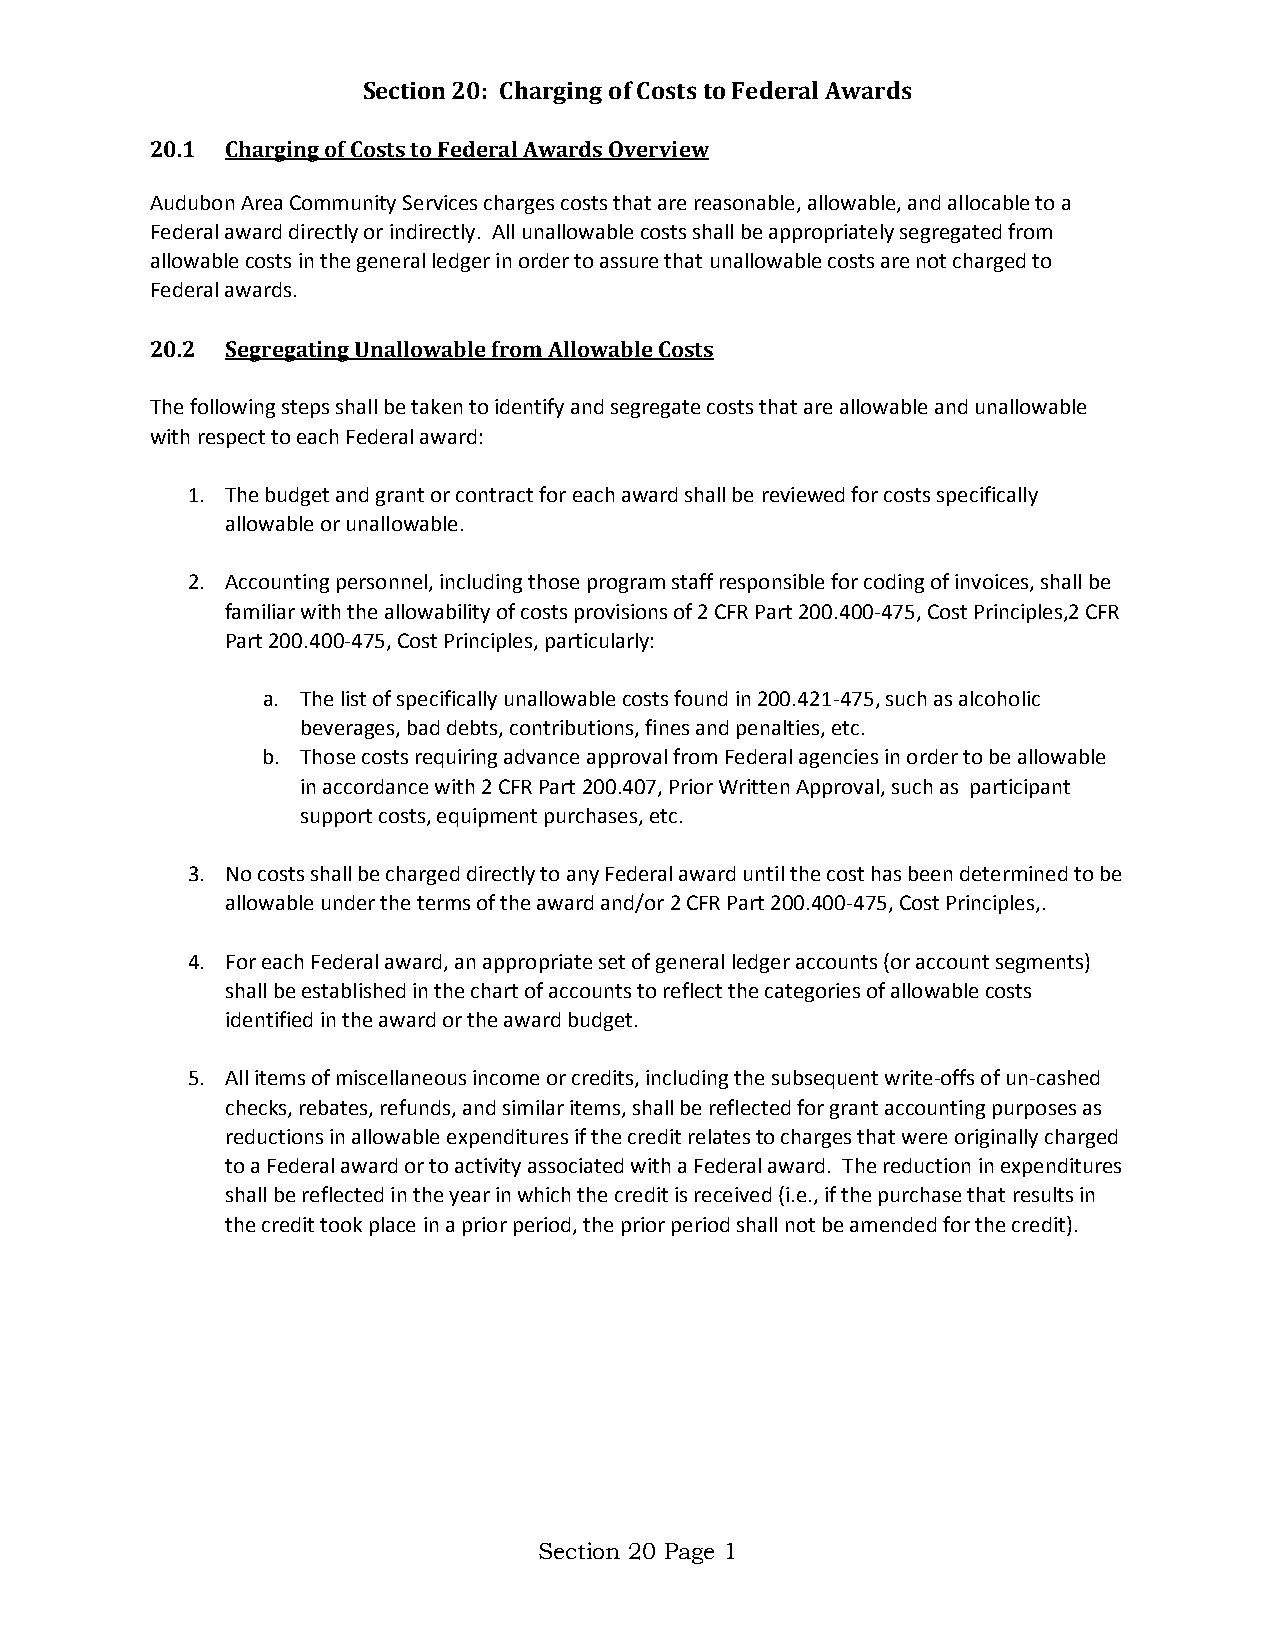
Section 20: Charging of Costs to Federal Awards
 20.1 Charging of Costs to Federal Awards Overview
 Audubon Area Community Services charges costs that are reasonable, allowable, and allocable to a
 Federal award directly or indirectly. All unallowable costs shall be appropriately segregated from
 allowable costs in the general ledger in order to assure that unallowable costs are not charged to
 Federal awards.
 20.2 Segregating Unallowable from Allowable Costs
 The following steps shall be taken to identify and segregate costs that are allowable and unallowable
 with respect to each Federal award:
 1. The budget and grant or contract for each award shall be reviewed for costs specifically
 allowable or unallowable.
 2. Accounting personnel, including those program staff responsible for coding of invoices, shall be
 familiar with the allowability of costs provisions of 2 CFR Part 200.400-475, Cost Principles,2 CFR
 Part 200.400-475, Cost Principles, particularly:
 a. The list of specifically unallowable costs found in 200.421-475, such as alcoholic
 beverages, bad debts, contributions, fines and penalties, etc.
 b. Those costs requiring advance approval from Federal agencies in order to be allowable
 in accordance with 2 CFR Part 200.407, Prior Written Approval, such as participant
 support costs, equipment purchases, etc.
 3. No costs shall be charged directly to any Federal award until the cost has been determined to be
 allowable under the terms of the award and/or 2 CFR Part 200.400-475, Cost Principles,.
 4. For each Federal award, an appropriate set of general ledger accounts (or account segments)
 shall be established in the chart of accounts to reflect the categories of allowable costs
 identified in the award or the award budget.
 5. All items of miscellaneous income or credits, including the subsequent write-offs of un-cashed
 checks, rebates, refunds, and similar items, shall be reflected for grant accounting purposes as
 reductions in allowable expenditures if the credit relates to charges that were originally charged
 to a Federal award or to activity associated with a Federal award. The reduction in expenditures
 shall be reflected in the year in which the credit is received (i.e., if the purchase that results in
 the credit took place in a prior period, the prior period shall not be amended for the credit).
 Section 20 Page 1